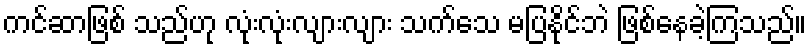
ကင်ဆာဖြစ် သည်ဟု လုံးလုံးလျားလျား သက်သေ မပြနိုင်ဘဲ ဖြစ်နေခဲ့ကြသည်။